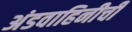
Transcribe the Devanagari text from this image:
अंडवाहिनीची